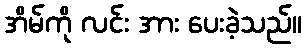
အိမ်ကို လင်း အား ပေးခဲ့သည်။